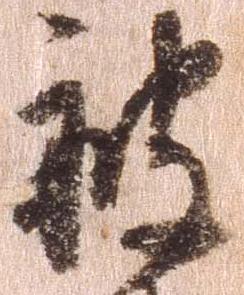
被